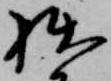
拙